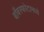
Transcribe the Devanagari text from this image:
बाँबस्फोटामध्ये